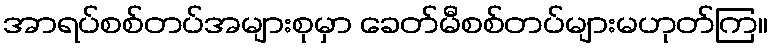
အာရပ်စစ်တပ်အများစုမှာ ခေတ်မီစစ်တပ်များမဟုတ်ကြ။